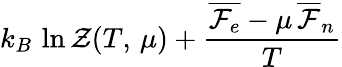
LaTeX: k_{B}\, \ln\mathcal{Z}(T,\, \mu)+\frac{\overline{{\mathcal{F}_{e}}}-\mu\, \overline{\mathcal{F}}_{n}}{T}